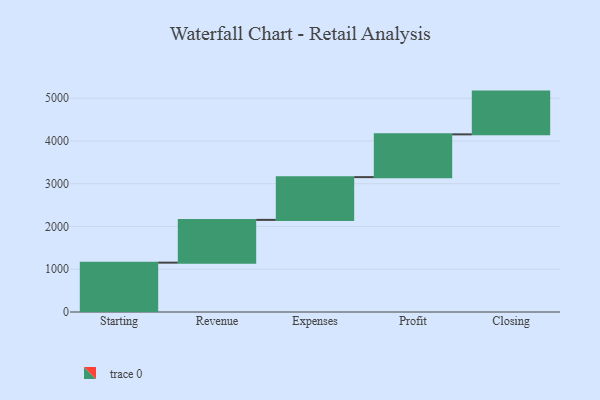
{"axis": {"x": "Step", "y": "Value"}, "legend": [""], "data": [{"x": "Starting", "y": 1154.0, "type": ""}, {"x": "Revenue", "y": 1000, "type": ""}, {"x": "Expenses", "y": 1000, "type": ""}, {"x": "Profit", "y": 1000, "type": ""}, {"x": "Closing", "y": 1000, "type": ""}]}